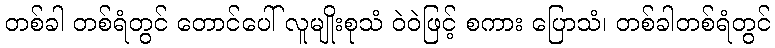
တစ်ခါ တစ်ရံတွင် တောင်ပေါ် လူမျိုးစုသံ ဝဲဝဲဖြင့် စကား ပြောသံ၊ တစ်ခါတစ်ရံတွင်